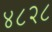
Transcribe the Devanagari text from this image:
४८२८